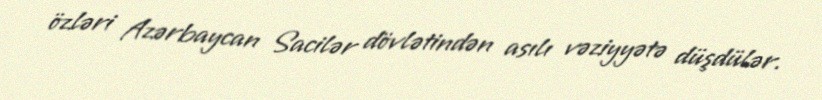
özləri Azərbaycan Sacilər dövlətindən asılı vəziyyətə düşdülər.